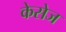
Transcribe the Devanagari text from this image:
केसेज